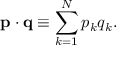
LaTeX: \mathbf { p } \cdot \mathbf { q } \equiv \sum _ { k = 1 } ^ { N } p _ { k } q _ { k } .